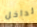
لداخل